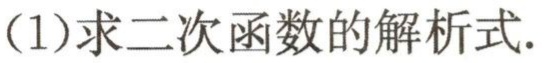
(1)求二次函数的解析式.